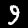
Digit: 9